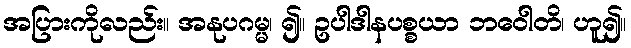
အပြားကိုလည်း။ အနုပဂမ္မ၊ ၍။ ဥပါဒါနပစ္စယာ ဘဝေါတိ၊ ဟူ၍။